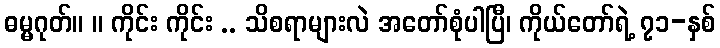
ဓမ္မဂုတ်။ ။ ကိုင်း ကိုင်း .. သိစရာများလဲ အတော်စုံပါပြီ၊ ကိုယ်တော်ရဲ့ ၇၁-နှစ်